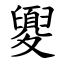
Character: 夓